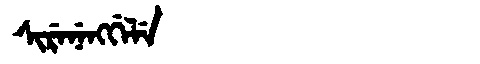
Manchu: ᠰᡳᡵᡝᠨᡝᠩᡤᡝᠯᡝ
Romanization: SIRENENGGELE